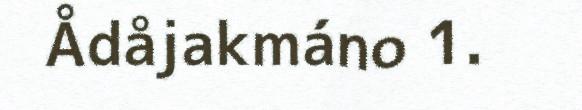
Ådåjakmáno 1.